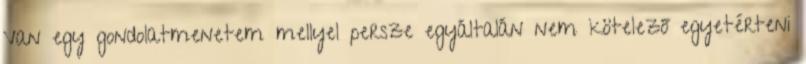
Van egy gondolatmenetem mellyel persze egyáltalán nem kötelező egyetérteni